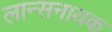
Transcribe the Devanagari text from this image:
लान्सनायक